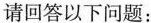
回答以下问题：